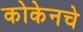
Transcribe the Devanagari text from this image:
कोकेनचे